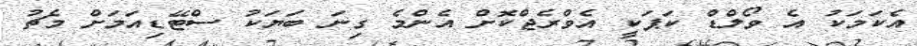
އެކަމަކު އެ ވޯލްޑް ކަޕަކީ އެވްރެޖްކޮށް އެންމެ ގިނަ ބަޔަކު ސްޓޭޑިއަމަށް މެޗު